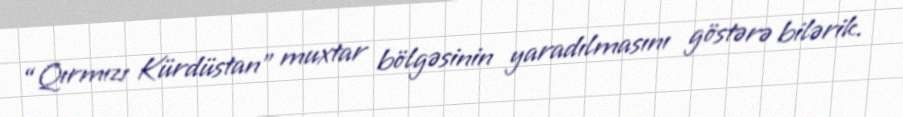
“Qırmızı Kürdüstan” muxtar bölgəsinin yaradılmasını göstərə bilərik.